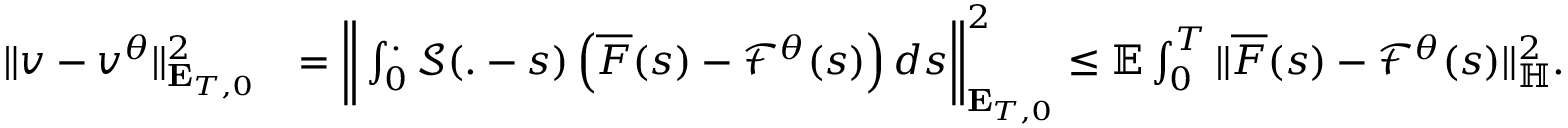
\begin{array} { r l } { \Vert v - v ^ { \theta } \Vert _ { \mathbf { E } _ { T , 0 } } ^ { 2 } } & { = \bigg \Vert \int _ { 0 } ^ { . } \mathcal { S } ( . - s ) \left( \overline { { F } } ( s ) - \mathcal { F } ^ { \theta } ( s ) \right) d s \bigg \Vert _ { \mathbf { E } _ { T , 0 } } ^ { 2 } \leq \mathbb { E } \int _ { 0 } ^ { T } \Vert \overline { { F } } ( s ) - \mathcal { F } ^ { \theta } ( s ) \Vert _ { \mathbb { H } } ^ { 2 } . } \end{array}